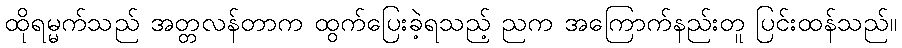
ထိုရမ္မက်သည် အတ္တလန်တာက ထွက်ပြေးခဲ့ရသည့် ညက အကြောက်နည်းတူ ပြင်းထန်သည်။